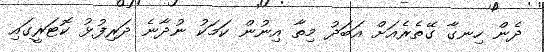
ދެން ހިނގާ ގޭތެރެއަށް އަބަދު މިތާ އިނުން ކަމަކު ނުދާނެ ދަރިފުޅު ކޮޓަރީގައި